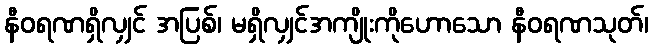
နီဝရဏရှိလျှင် အပြစ်၊ မရှိလျှင်အကျိုးကိုဟောသော နီဝရဏသုတ်၊